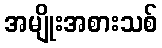
အမျိုးအစားသစ်